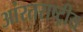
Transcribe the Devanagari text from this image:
आंरतराष्ट्रीय